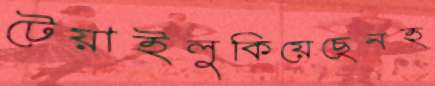
টেয়াইলুকিয়েছেনহ